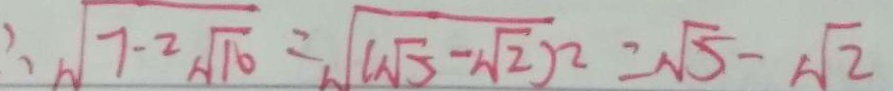
\therefore \sqrt { 7 - 2 \sqrt { 1 0 } } = \sqrt { ( \sqrt { 5 } - \sqrt { 2 } ) ^ { 2 } } = \sqrt { 5 } - \sqrt { 2 }